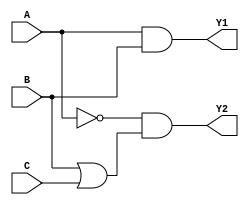
module multi_level_logic (
    input wire A,      // Input variable A
    input wire B,      // Input variable B
    input wire C,      // Input variable C
    output wire Y1,    // Output variable Y1
    output wire Y2     // Output variable Y2
);

// Intermediate nodes for multi-level structure
wire notA;           // Intermediate node for NOT A
wire andAB;          // Intermediate node for AND between A and B
wire orBC;           // Intermediate node for OR between B and C
wire andNotAorBC;   // Intermediate node for AND between NOT A and (B OR C)

// Logic Functions
// Y1 = A AND B
assign andAB = A & B;

// Y2 = (NOT A) AND (B OR C)
assign notA = ~A;                // NOT A
assign orBC = B | C;             // B OR C
assign andNotAorBC = notA & orBC; // (NOT A) AND (B OR C)

// Final Outputs
assign Y1 = andAB;               // Output Y1
assign Y2 = andNotAorBC;         // Output Y2

endmodule